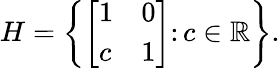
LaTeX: H=\left\{ {\left[\begin{array}{ll}{1}&{0}\\ {c}&{1}\end{array}\right]}\colon c\in\mathbb{R}\right\} .